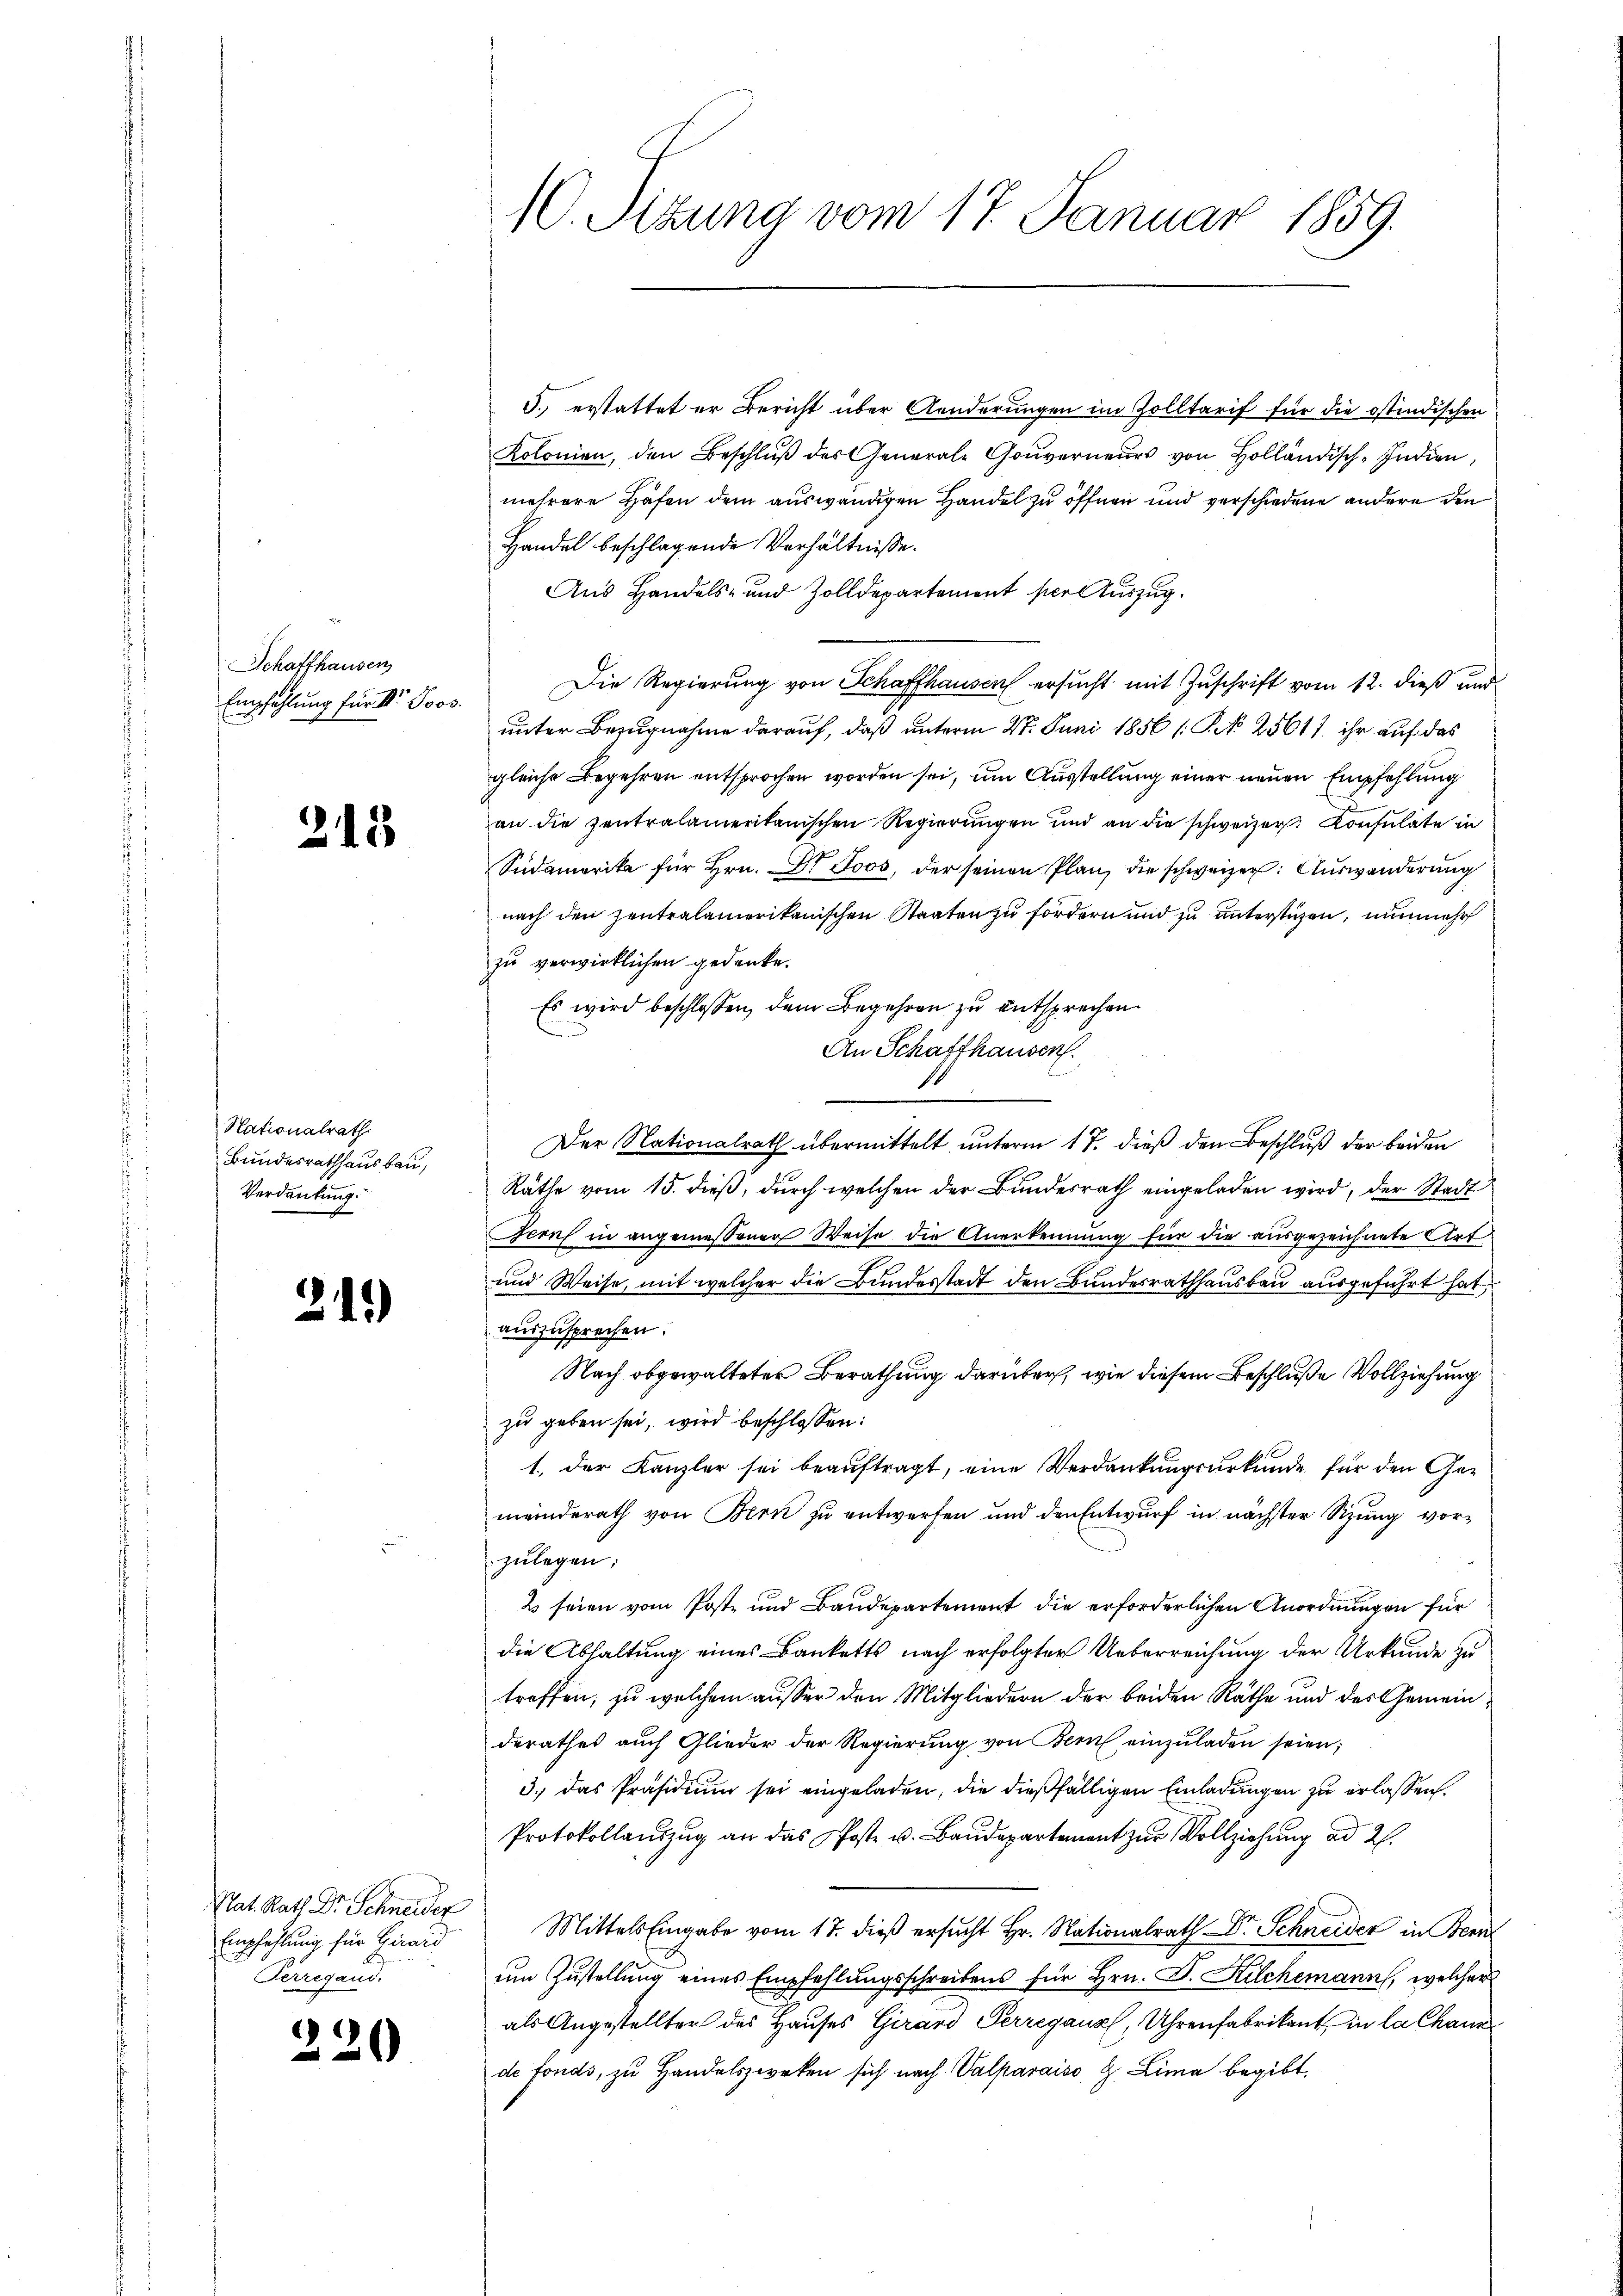
Schaffhausen
Empfehlung für IV Joos.

1

n

Nationalrath
Bundesrathhausbau,
Verdankung

.

13

1)

Nat. Rath Dr. Schneider
Empfehlung für Girard
Ferregand.

)

10. Sizung vom 17. Januar 1859.

3. erstattet er Bericht über Aenderungen im Zolltarif für die östindischen
Kolonien, den Beschlŭβ des General- Gouverneŭrs von Holländisch-Indien,
mehrere Hafen dem auswendigen Handel zu öffnen und verschiedene andere den
Handel beschlagende Verhältnisse.
Aus Handels- und Zolldepartement per Auszug.
Die Regierung von Schaffhausen ersucht mit Zuschrift vom 12. dieß und
unter Bezugnahme darauf, daß unterm 27. Juni 1856 (: P. N. 25617 ihr auf das
gleiche Begehren entsprochen worden sei, um Ausstellung einer neuen Empfehlung
an die zentralameritanischen Regierungen und an die schweizer. Konsulate in
Südamerika für Hrn. Dr Joos, der seinen Plan, die schweizer: Auswanderung
nach den zentralamerikanischen Staaten zu fordern und zu unterstigen, nunmehr
zu verwirklichen gedenke.
Es wird beschlossen, dem Begehren zu entsprechen
An Schaffhausen.
Der Nationalrath übermittelt unterm 17. dieß den Beschluß der beiden
Räthe vom 15. dieß, durch welchen der Bundesrath eingeladen wird, der Stadt
Genf in angemessener Weise die Anerkennung für die ausgezeichnete Art
und Weise, mit welcher die Bundesstadt den Bundesrathhausbau ausgeführt hat,
auszusprechen.
Nach obgewalteter Berathung darüber, wie diesem Beschluße Vollziehung
zu geben sei, wird beschlossen:
1. Der Kanzler sei beauftragt, eine Verdankungsurkunde für den Gemeinderath von Bern zu entwerfen und den Entwurf in nächster Sitzung vorzulegen;
2 seien vom Post- und Baudepartement die erforderlichen Anordnungen für
die Abhaltung eines Banketts nach erfolgter Ueberreichung der Urkunde zu
treffen, zu welchem ausser den Mitgliedern der beiden Räthe und der Gemeinderathes auch Glieder der Regierŭng von Bern einzŭladen seien;
3.) Das Präsidium sei eingeladen, die dießfälligen Einladungen zu erlassen.
Protokollauszug an das Poste u. Baudepartement zur Vollziehung ad 2.
Mittels Eingabe vom 17. dieβ ersŭcht Hr. Nationalrath Dr. Schneider in Bern
um Zustellung eines Empfehlungsschreibens für Hrn. F. Kilchemann, welcher
als Angestellter des Hauses Girard Perregaux, Uhrenfabrikant in la Chann
de fonds, zu Handelszweken sich nach Valparaiso, H. Lima begibt.